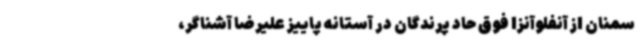
سمنان از آنفلوآنزا فوق حاد پرندگان در آستانه پاییز علیرضا آشناگر،